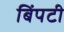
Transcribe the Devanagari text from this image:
बिंपटी